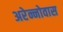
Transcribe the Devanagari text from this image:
अरेन्नोवास